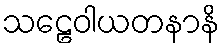
သဠေဝါယတနာနိ